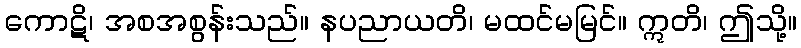
ကောဋိ၊ အစအစွန်းသည်။ နပညာယတိ၊ မထင်မမြင်။ ဣတိ၊ ဤသို့။